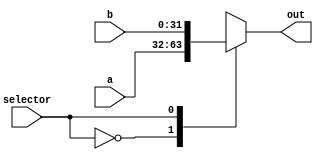

module Mux32bit( input [31:0] a,
            input [31:0] b,
            input selector,
            output reg [31:0] out
   );

   always @ (a or b or selector) 
   begin
      case (selector)
         1'b0 : out <= a;
         1'b1 : out <= b;
      endcase
   end
   
endmodule